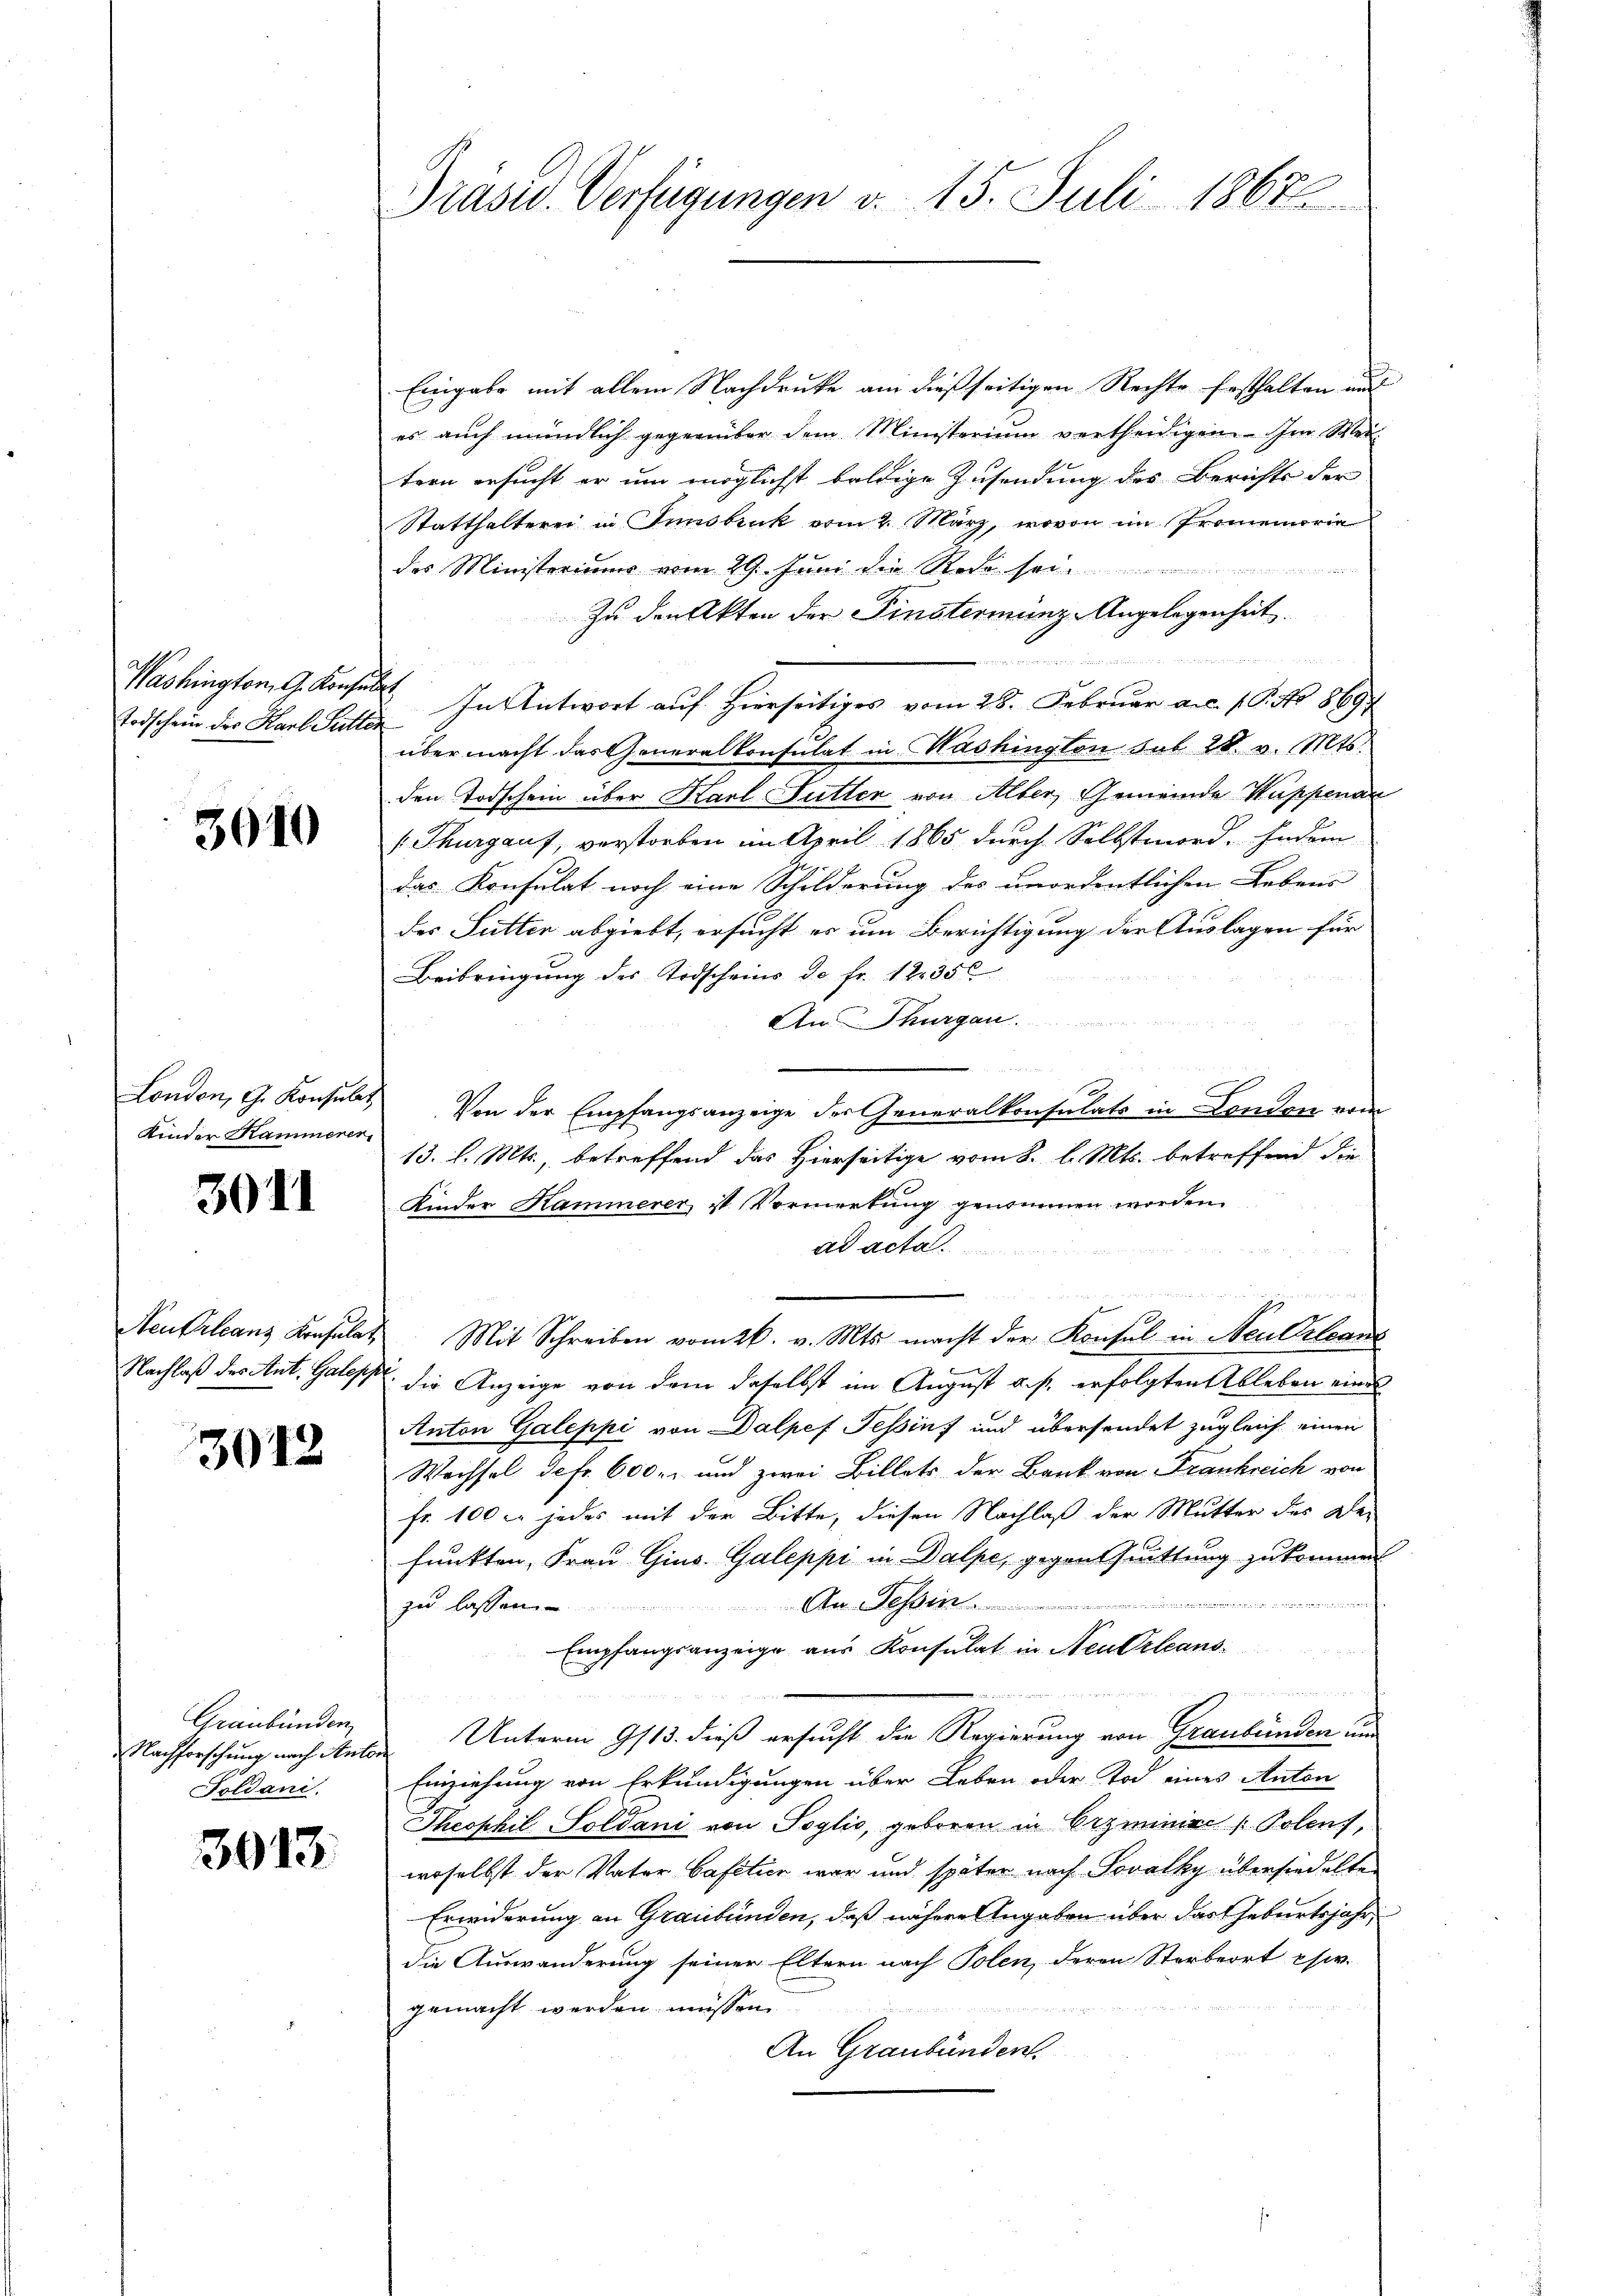
Todschein der Karl Pitter

3010

Kinder Kammerer

3011

3042

Graubünden
Soldani.

3013.

Präsid. Verfügungen d. 15. Juli 1867

Eingabe mit allem Nachdrucke am dießseitigen Rechte festhalten und
es auch mündlich gegenüber dem Ministerium vertheidigen. Im Wei
tern ersucht er um möglichst baldige Zusendung des Berichts der
Statthalterei in Innsbruk vom 2. März, wovon im Promemoria
des Ministeriums vom 29. Juni die Rede sei
Zu den Akten der Finsterminz-Angelegenheit.

Washington G. Konsen. In Antwort auf hierseitiges vom 28. Februar aus. 1. G. No. 8697
über macht das Generalkonsulat in Washington sub 28. v. Mts.
den Todschein über Karl Futter von Alber, Gemeinde Wappenar
(Thurgaus, verstorben im April 1865 durch Selbstmord. Indem
das Konsulat noch eine Schilderung des unordentlichen Lebens
des Sutter abgiebt, ersucht er um Berichtigung der Auslagen für
Beibringung des Todscheins de fr. 122350
An Thurgau.

London, G. Konsulat Von der Empfangsanzeige der Generalkonsulats in London vom
13. l. Mts., betreffend das Hierseitige vom 8. l. Mts. betreffend die
Kinder Hammerer ist. Vormerkung genommen worden.
ad acta
.
un
Neukrleans Konsulat Mit Schreiben vom 26. v. Mts. macht der Konsul in Neu Orlean
Nachlaß des Ant. Gales die Anzeige von dem daselbst im August a. p. erfolgten Ableben eines
Anton Galeppi von Dalpef Tessin und übersendet zugleich einen
Wechsel Sefr. 600. und zwei Billets der Bank von Frankreich von
fr. 100 l. jedes mit der Bitte, diesen Nachlaß der Mutter des De-
funkten, Frau Gius. Galeppi in Dalpe, gegen Quittung zukommen

An Tessin
zu lassen.
Empfangsanzeige aus Konsulat in Neu Orleans¬
Nachforschung nach Anton Unterm 9/13. dieß ersucht die Regierung von Graubünden und
Einziehung von Erkundigungen über Leben oder Tod eines Anton
Thesphil Soldani von Soglio, geboren in Erzminier Polens,
woselbst der Vater Cafetier war und später nach Sovalky übersiedelte
Erwiderung an Graubünden, daß nähere Angaben über das Geburtsjahr,
die Auswanderung seiner Eltern nach Polen, deren Sterbeort chir.

gemacht werden müssen.

An Graubünden.